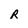
Character: R